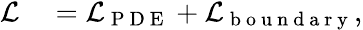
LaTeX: \begin{array}{rl}{\mathcal{L}}&{{}=\mathcal{L}_{\mathrm{~P~D~E~}}+\mathcal{L}_{\mathrm{~b~o~u~n~d~a~r~y~}},}\end{array}